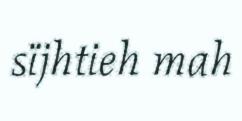
sïjhtieh mah